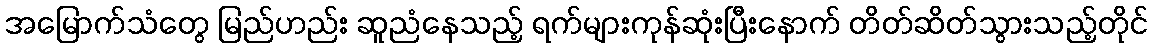
အမြောက်သံတွေ မြည်ဟည်း ဆူညံနေသည့် ရက်များကုန်ဆုံးပြီးနောက် တိတ်ဆိတ်သွားသည့်တိုင်